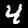
Label: 4